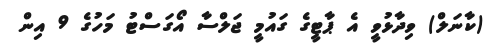
(ކާނަލް) ވިދާޅުވީ އެ ޕާޓީގެ ގައުމީ ޖަލްސާ އޯގަސްޓު މަހުގެ 9 އިން